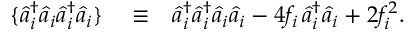
\begin{array} { r l r } { \{ \hat { a } _ { i } ^ { \dagger } \hat { a } _ { i } \hat { a } _ { i } ^ { \dagger } \hat { a } _ { i } \} } & { { } \equiv } & { \hat { a } _ { i } ^ { \dagger } \hat { a } _ { i } ^ { \dagger } \hat { a } _ { i } \hat { a } _ { i } - 4 f _ { i } \, \hat { a } _ { i } ^ { \dagger } \hat { a } _ { i } + 2 f _ { i } ^ { 2 } . } \end{array}